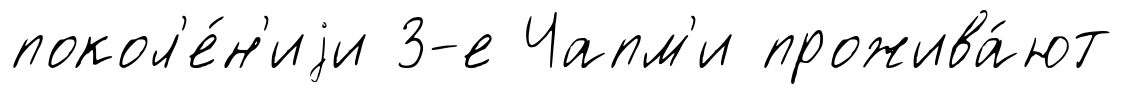
покол'е́н'иjи 3-е Чапм'и прожива́ют